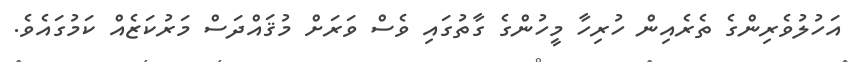
އަހުލުވެރިންގެ ތެރެއިން ހުރިހާ މީހުންގެ ގާތުގައި ވެސް ވަރަށް މުޤައްދަސް މަރުކަޒެއް ކަމުގައެވެ.